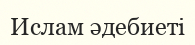
Ислам әдебиеті